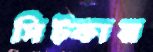
সিট্‌কায়